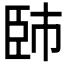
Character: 𦣢